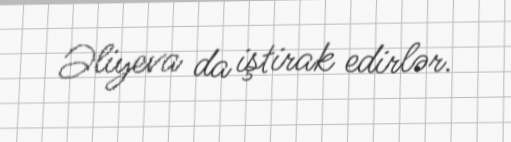
Əliyeva da iştirak edirlər.